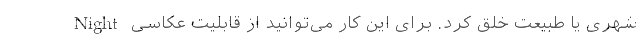
شهری یا طبیعت خلق کرد. برای این کار می‌توانید از قابلیت عکاسی Night